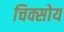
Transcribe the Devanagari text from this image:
चिक्सोय